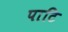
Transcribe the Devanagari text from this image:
पाटि